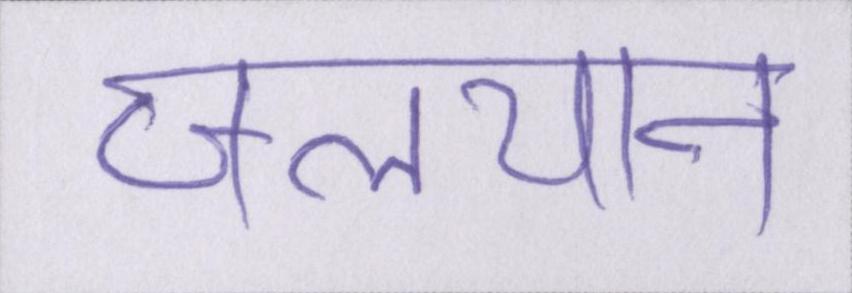
जलयान